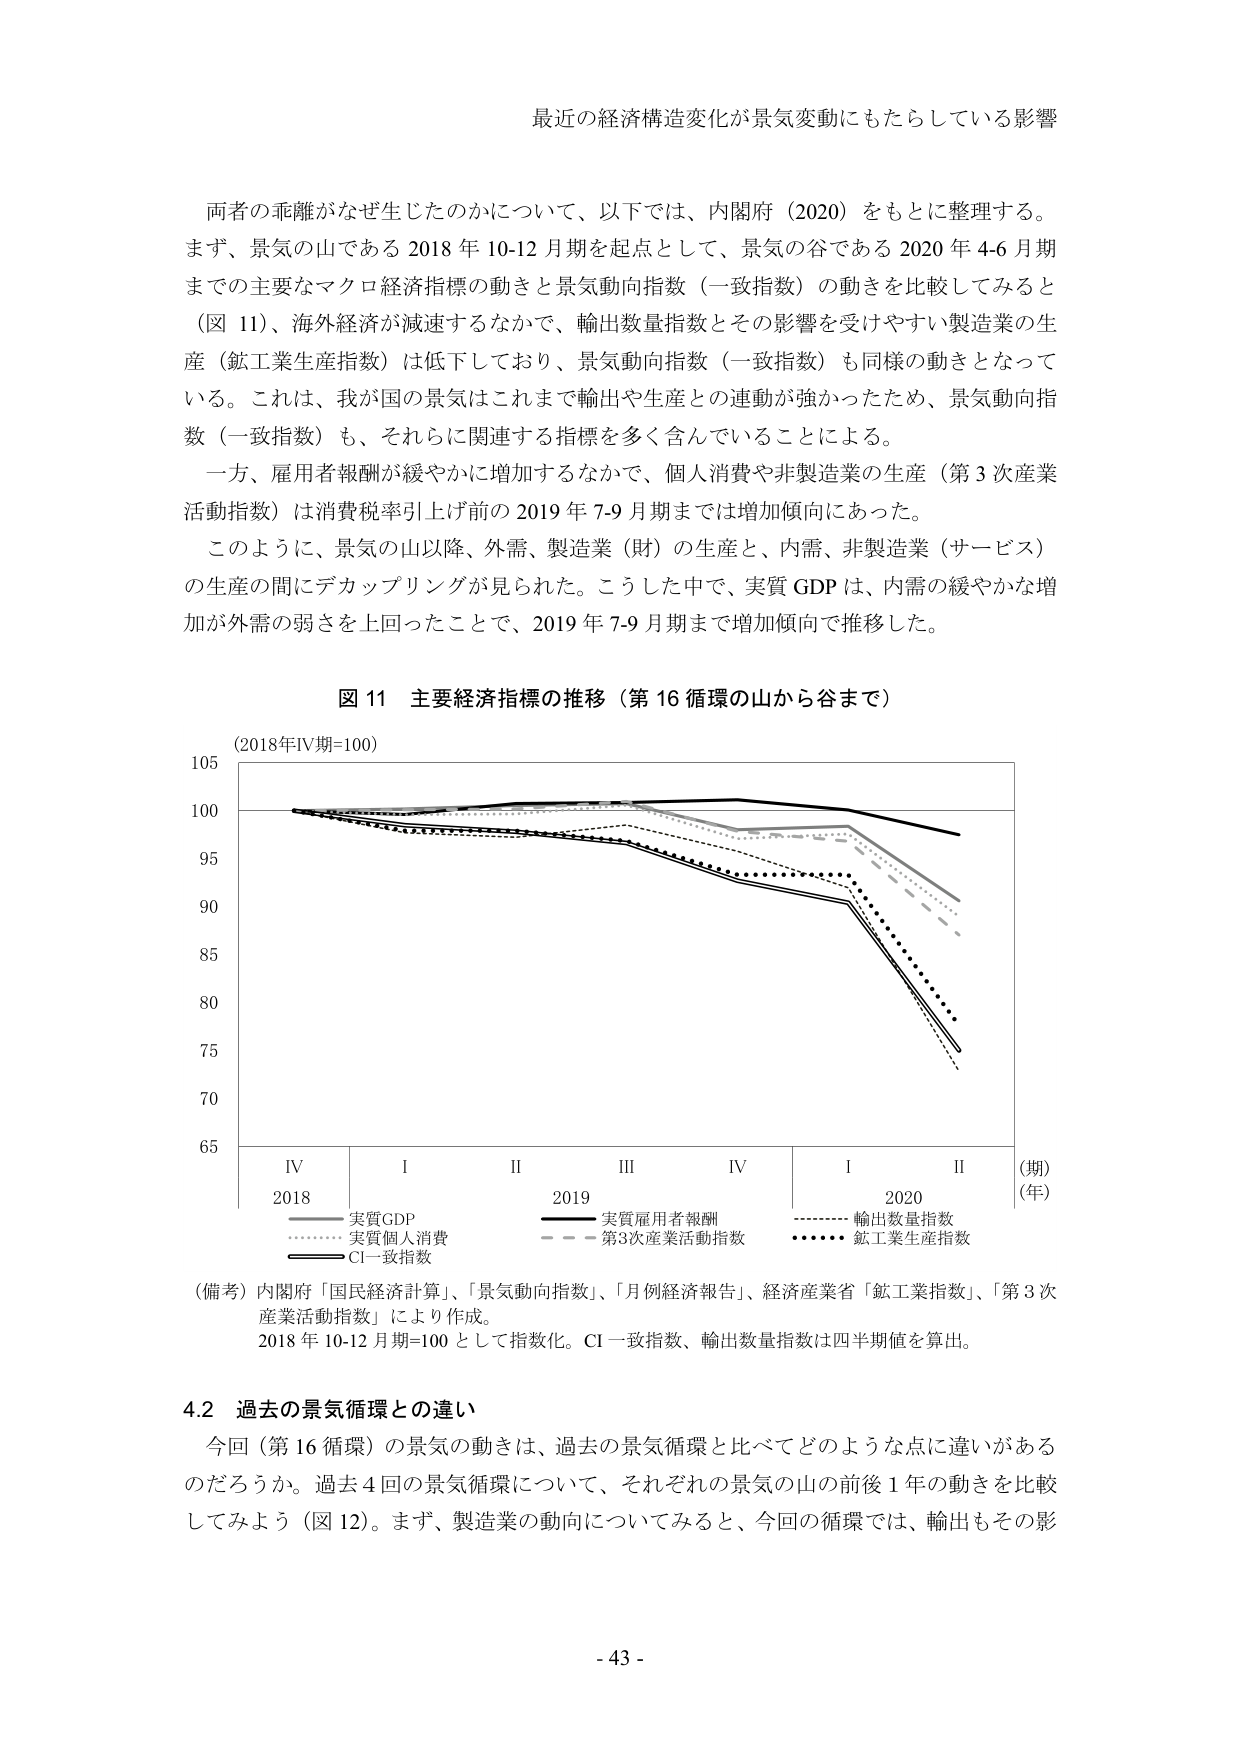
最近の経済構造変化が景気変動にもたらしている影響

両者の乖離がなぜ生じたのかについて、以下では、内閣府（2020）をもとに整理する。
まず、景気の山である 2018 年 10-12 月期を起点として、景気の谷である 2020 年 4-6 月期
までの主要なマクロ経済指標の動きと景気動向指数（一致指数）の動きを比較してみると
（図 11）、海外経済が減速するなかで、輸出数量指数とその影響を受けやすい製造業の生
産（鉱工業生産指数）は低下しており、景気動向指数（一致指数）も同様の動きとなって
いる。これは、我が国の景気はこれまで輸出や生産との連動が強かったため、景気動向指
数（一致指数）も、それらに関連する指標を多く含んでいることによる。
一方、雇用者報酬が緩やかに増加するなかで、個人消費や非製造業の生産（第 3 次産業
活動指数）は消費税率引上げ前の 2019 年 7-9 月期までは増加傾向にあった。
このように、景気の山以降、外需、製造業（財）の生産と、内需、非製造業（サービス）
の生産の間にデカップリングが見られた。こうした中で、実質 GDP は、内需の緩やかな増
加が外需の弱さを上回ったことで、2019 年 7-9 月期まで増加傾向で推移した。

図 11 主要経済指標の推移（第 16 循環の山から谷まで）

（2018年IV期=100）

105
100
95
90
85
80
75
70
65

IV     I     II     III     IV     I     II
2018         2019         2020
（期）
（年）

実質GDP
実質個人消費
CI一致指数
実質雇用者報酬
第3次産業活動指数
輸出数量指数
鉱工業生産指数

（備考）内閣府「国民経済計算」、「景気動向指数」、「月例経済報告」、経済産業省「鉱工業指数」、「第3次
産業活動指数」により作成。
2018 年 10-12 月期=100 として指数化。CI 一致指数、輸出数量指数は四半期値を算出。

4.2 過去の景気循環との違い
今回（第 16 循環）の景気の動きは、過去の景気循環と比べてどのような点に違いがある
のだろうか。過去 4 回の景気循環について、それぞれの景気の山の前後 1 年の動きを比較
してみよう（図 12）。まず、製造業の動向についてみると、今回の循環では、輸出もその影

- 43 -